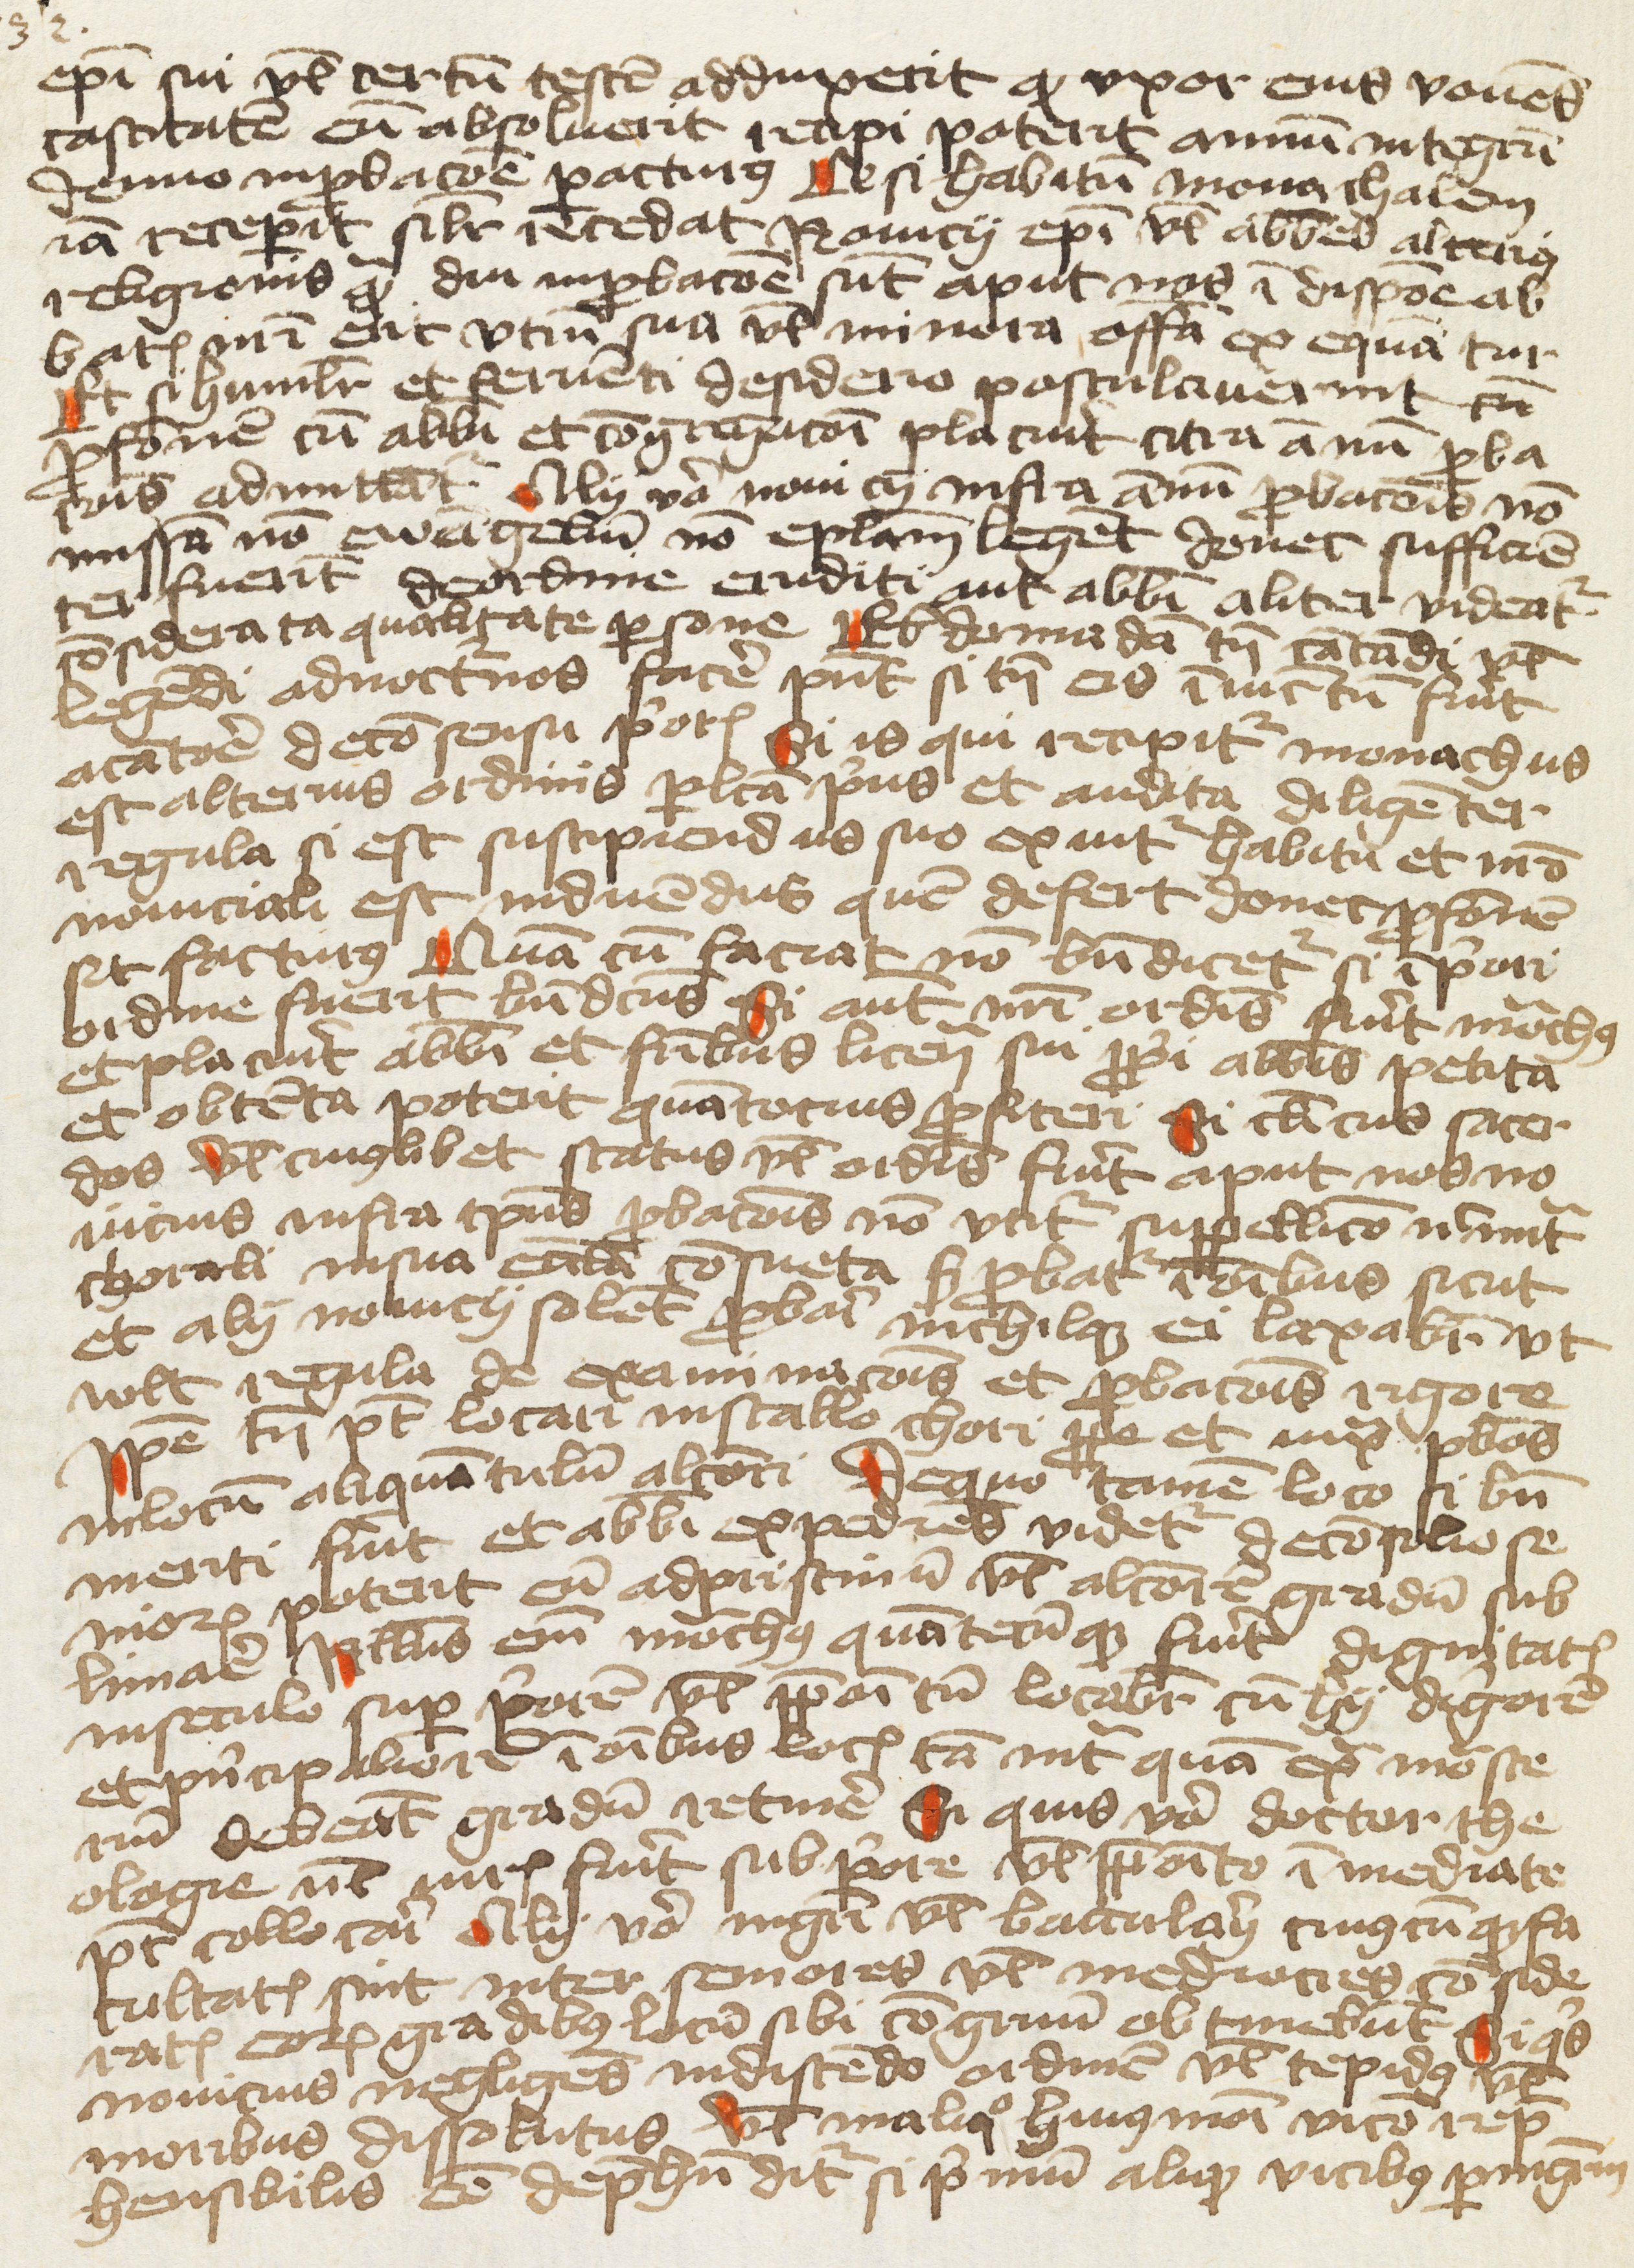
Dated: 1400–1499